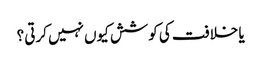
یا خلافت کی کوشش کیوں نہیں کرتی ؟